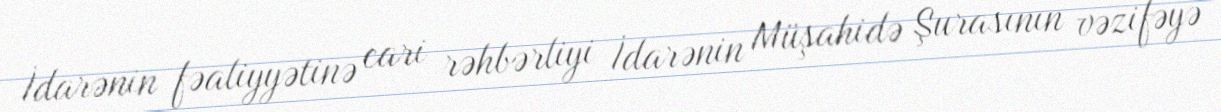
İdarənin fəaliyyətinə cari rəhbərliyi İdarənin Müşahidə Şurasının vəzifəyə